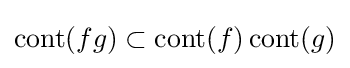
\operatorname {cont} (fg)\subset \operatorname {cont} (f)\operatorname {cont} (g)